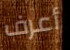
أعرف